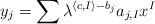
LaTeX: \begin{align*} y_j = \sum\lambda^{\langle c ,I\rangle-b_j}a_{j,I} x^I \end{align*}